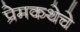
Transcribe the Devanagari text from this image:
प्रेमकथेचे